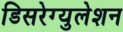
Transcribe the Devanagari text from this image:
डिसरेग्युलेशन